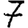
Digit: 7